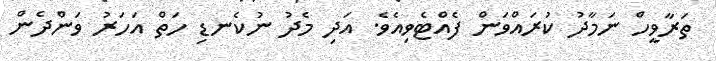
ތަރާވީހް ނަމާދު ކުރައްވަން ފެއްޓެވިއެވެ. އަދި މެދު ނުކެނޑި ހަތް އަހަރު ވަންދެން